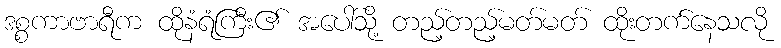
ဒစ္စကာဗာရီက ထိုနံရံကြီး၏ အပေါ်သို့ တည့်တည့်မတ်မတ် ထိုးတက်နေသလို